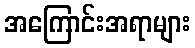
အကြောင်းအရာများ